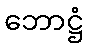
ဘောဋ္ဌံ